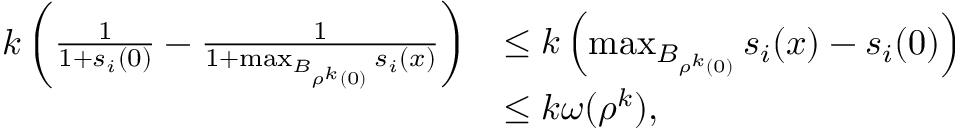
\begin{array} { r l } { k \left( \frac { 1 } { 1 + s _ { i } ( 0 ) } - \frac { 1 } { 1 + \operatorname* { m a x } _ { B _ { \rho ^ { k } ( 0 ) } } s _ { i } ( x ) } \right) } & { \leq k \left( \operatorname* { m a x } _ { B _ { \rho ^ { k } ( 0 ) } } s _ { i } ( x ) - s _ { i } ( 0 ) \right) } \\ & { \leq k \omega ( \rho ^ { k } ) , } \end{array}